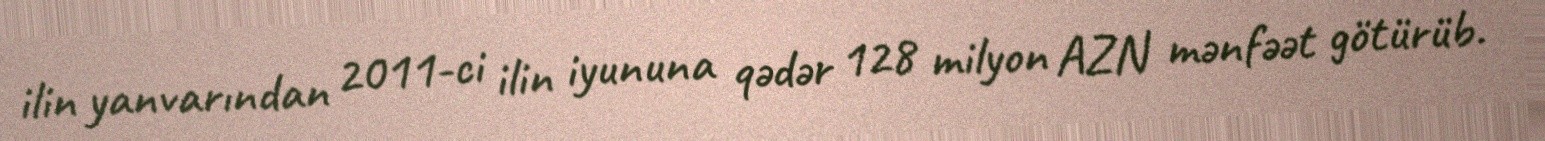
ilin yanvarından 2011-ci ilin iyununa qədər 128 milyon AZN mənfəət götürüb.